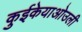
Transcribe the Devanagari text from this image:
कुईकेयाओउली